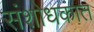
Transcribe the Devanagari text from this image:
संशोधकात